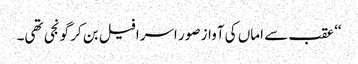
‘‘ عقب سے اماں کی آواز صور اسرافیل بن کر گونجی تھی۔